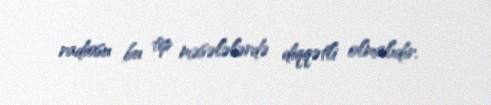
radiosu bu tip məsələlərdə diqqətli olmalıdır.